65_HS1-834228961_62-HQ-83894_Section_2
Agency: FBI
Page 82
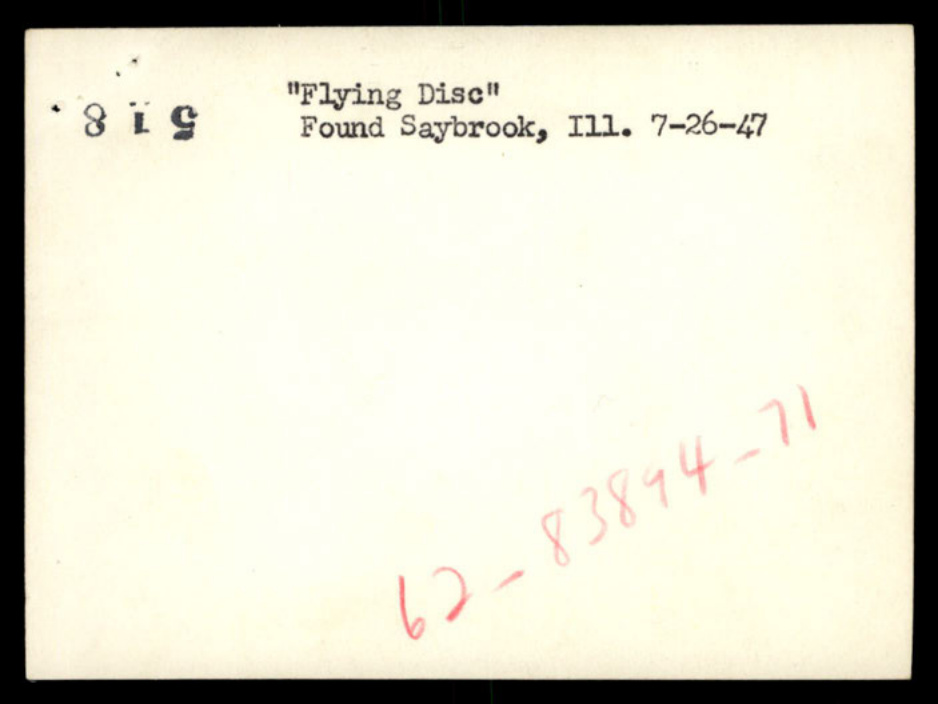